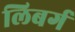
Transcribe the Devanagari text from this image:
लिबर्ग